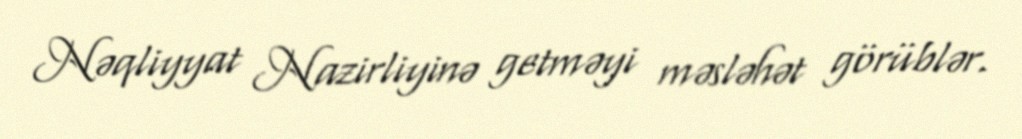
Nəqliyyat Nazirliyinə getməyi məsləhət görüblər.